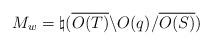
LaTeX: \begin{align*}M_w=\natural(\overline{O(T)}\backslash O(q)/\overline{O(S)})\end{align*}